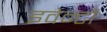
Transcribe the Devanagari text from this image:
इवेन्टों